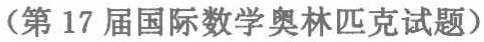
(第17届国际数学奥林匹克试题)